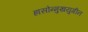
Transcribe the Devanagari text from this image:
ह्रासोन्मुखयुगीन